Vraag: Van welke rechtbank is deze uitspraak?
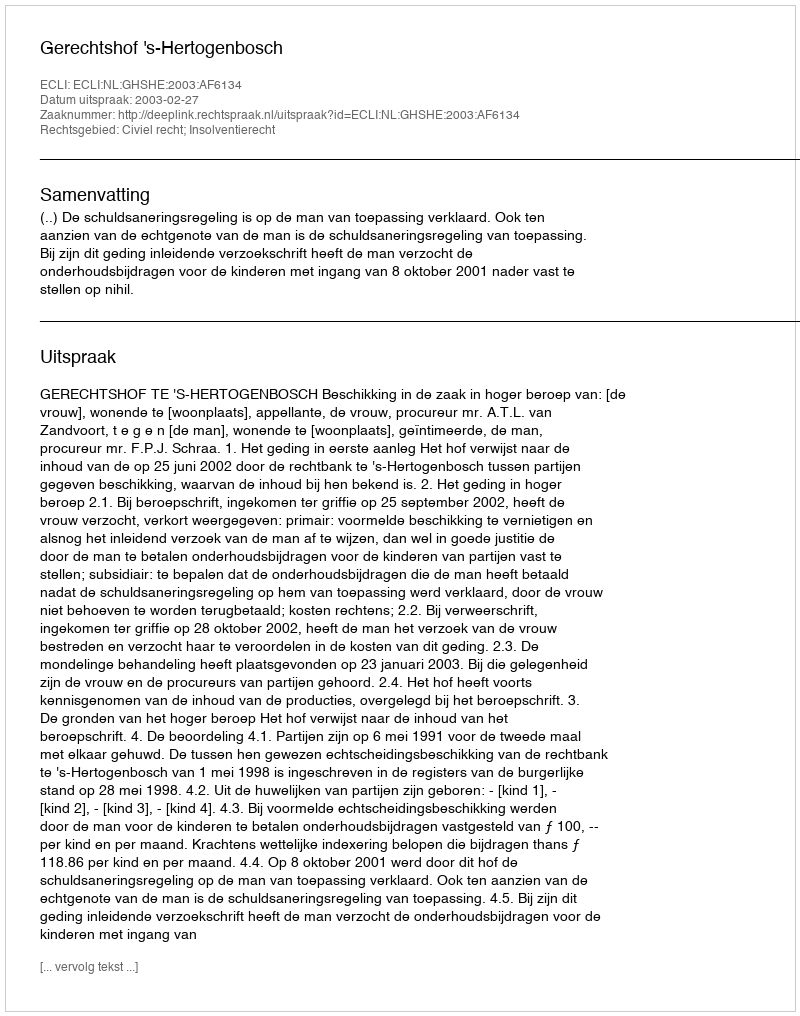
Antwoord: Gerechtshof 's-Hertogenbosch